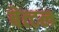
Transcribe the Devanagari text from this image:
बेत्टल